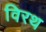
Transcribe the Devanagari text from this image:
विरथ